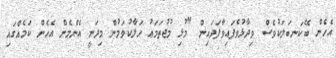
އެހެން ބޭކަނބަލަކުވެސް ވިދާޅުވެފައިވާފަދައިން "މުޅި މުޖުތަމަޢު ހަލާކުވަމުން މިދަނީ އެންމެން އެހެން ކަމެއްގައި